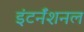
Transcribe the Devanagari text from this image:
इंटर्नॅशनल